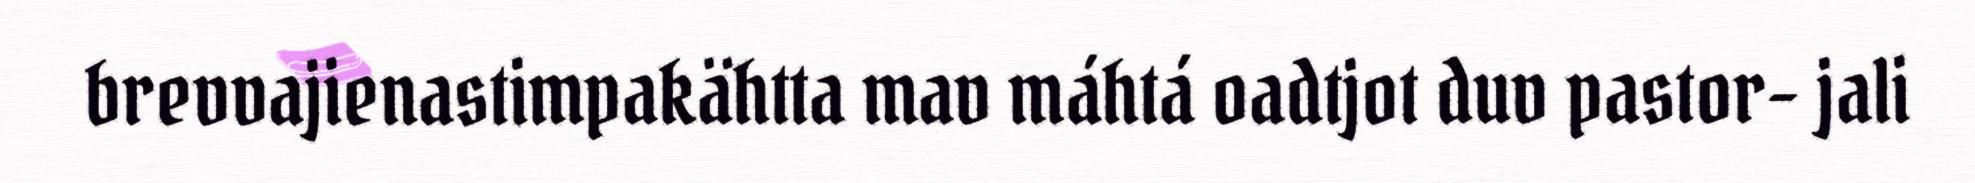
brevvajienastimpakähtta mav máhtá oadtjot duv pastor- jali